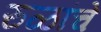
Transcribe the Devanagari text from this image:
रुळांचे